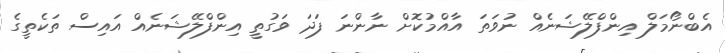
އެބްނޯމަލް އިންފްލޭޝަނެއް ނުވަތަ އާއްމުކޮށް ނާންނަ ފަދަ ވަގުތީ އިންފްލޭޝަނެއް އައިސް ތަކެތީގެ